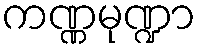
ကဏ္ဏမုဏ္ဍာ